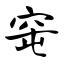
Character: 窀